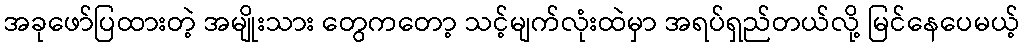
အခုဖော်ပြထားတဲ့ အမျိုးသား တွေကတော့ သင့်မျက်လုံးထဲမှာ အရပ်ရှည်တယ်လို့ မြင်နေပေမယ့်